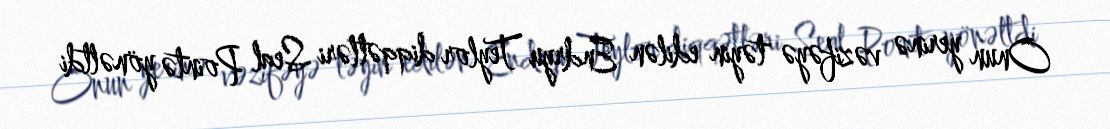
Onun yerinə vəzifəyə təyin edilən Endryu Teylor diqqətləri Seal Pointə yönəltdi